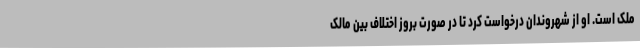
ملک است. او از شهروندان درخواست کرد تا در صورت بروز اختلاف بین مالک